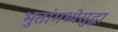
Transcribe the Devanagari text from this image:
भुतांमध्येसुद्धा